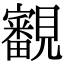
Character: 覾